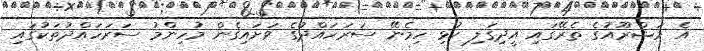
އެ މަޝްރޫއުގެ ތެރޭގައި އީދިގަލި ކުޅި ހިމެނޭ ސަރަހައްދުގެ ވަށަައިގެން މުހިންމު ސަރަހައްދުތަކުގައި